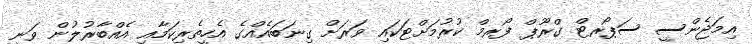
އިމަޖެންސީ ސަޕޯރޓް ގްރޫޕް ފޯރމް ކުރުމަށްޓަކައި ވަރަށް ގިނަބައެއްގެ އެހީތެރިކަމާއި އެއްބާރުލުން ވަނީ